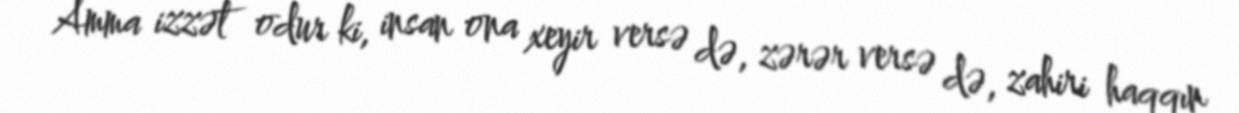
Amma izzət odur ki, insan ona xeyir versə də, zərər versə də, zahiri haqqın